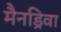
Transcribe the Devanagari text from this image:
मैनड्रिवा